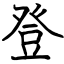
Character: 登